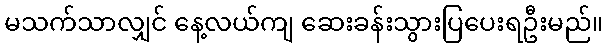
မသက်သာလျှင် နေ့လယ်ကျ ဆေးခန်းသွားပြပေးရဦးမည်။